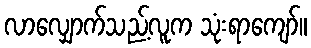
လာလျှောက်သည့်လူက သုံးရာကျော်။